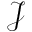
\mathcal J